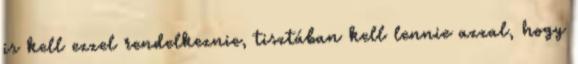
is kell ezzel rendelkeznie, tisztában kell lennie azzal, hogy